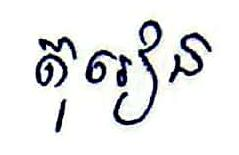
តុរៀន